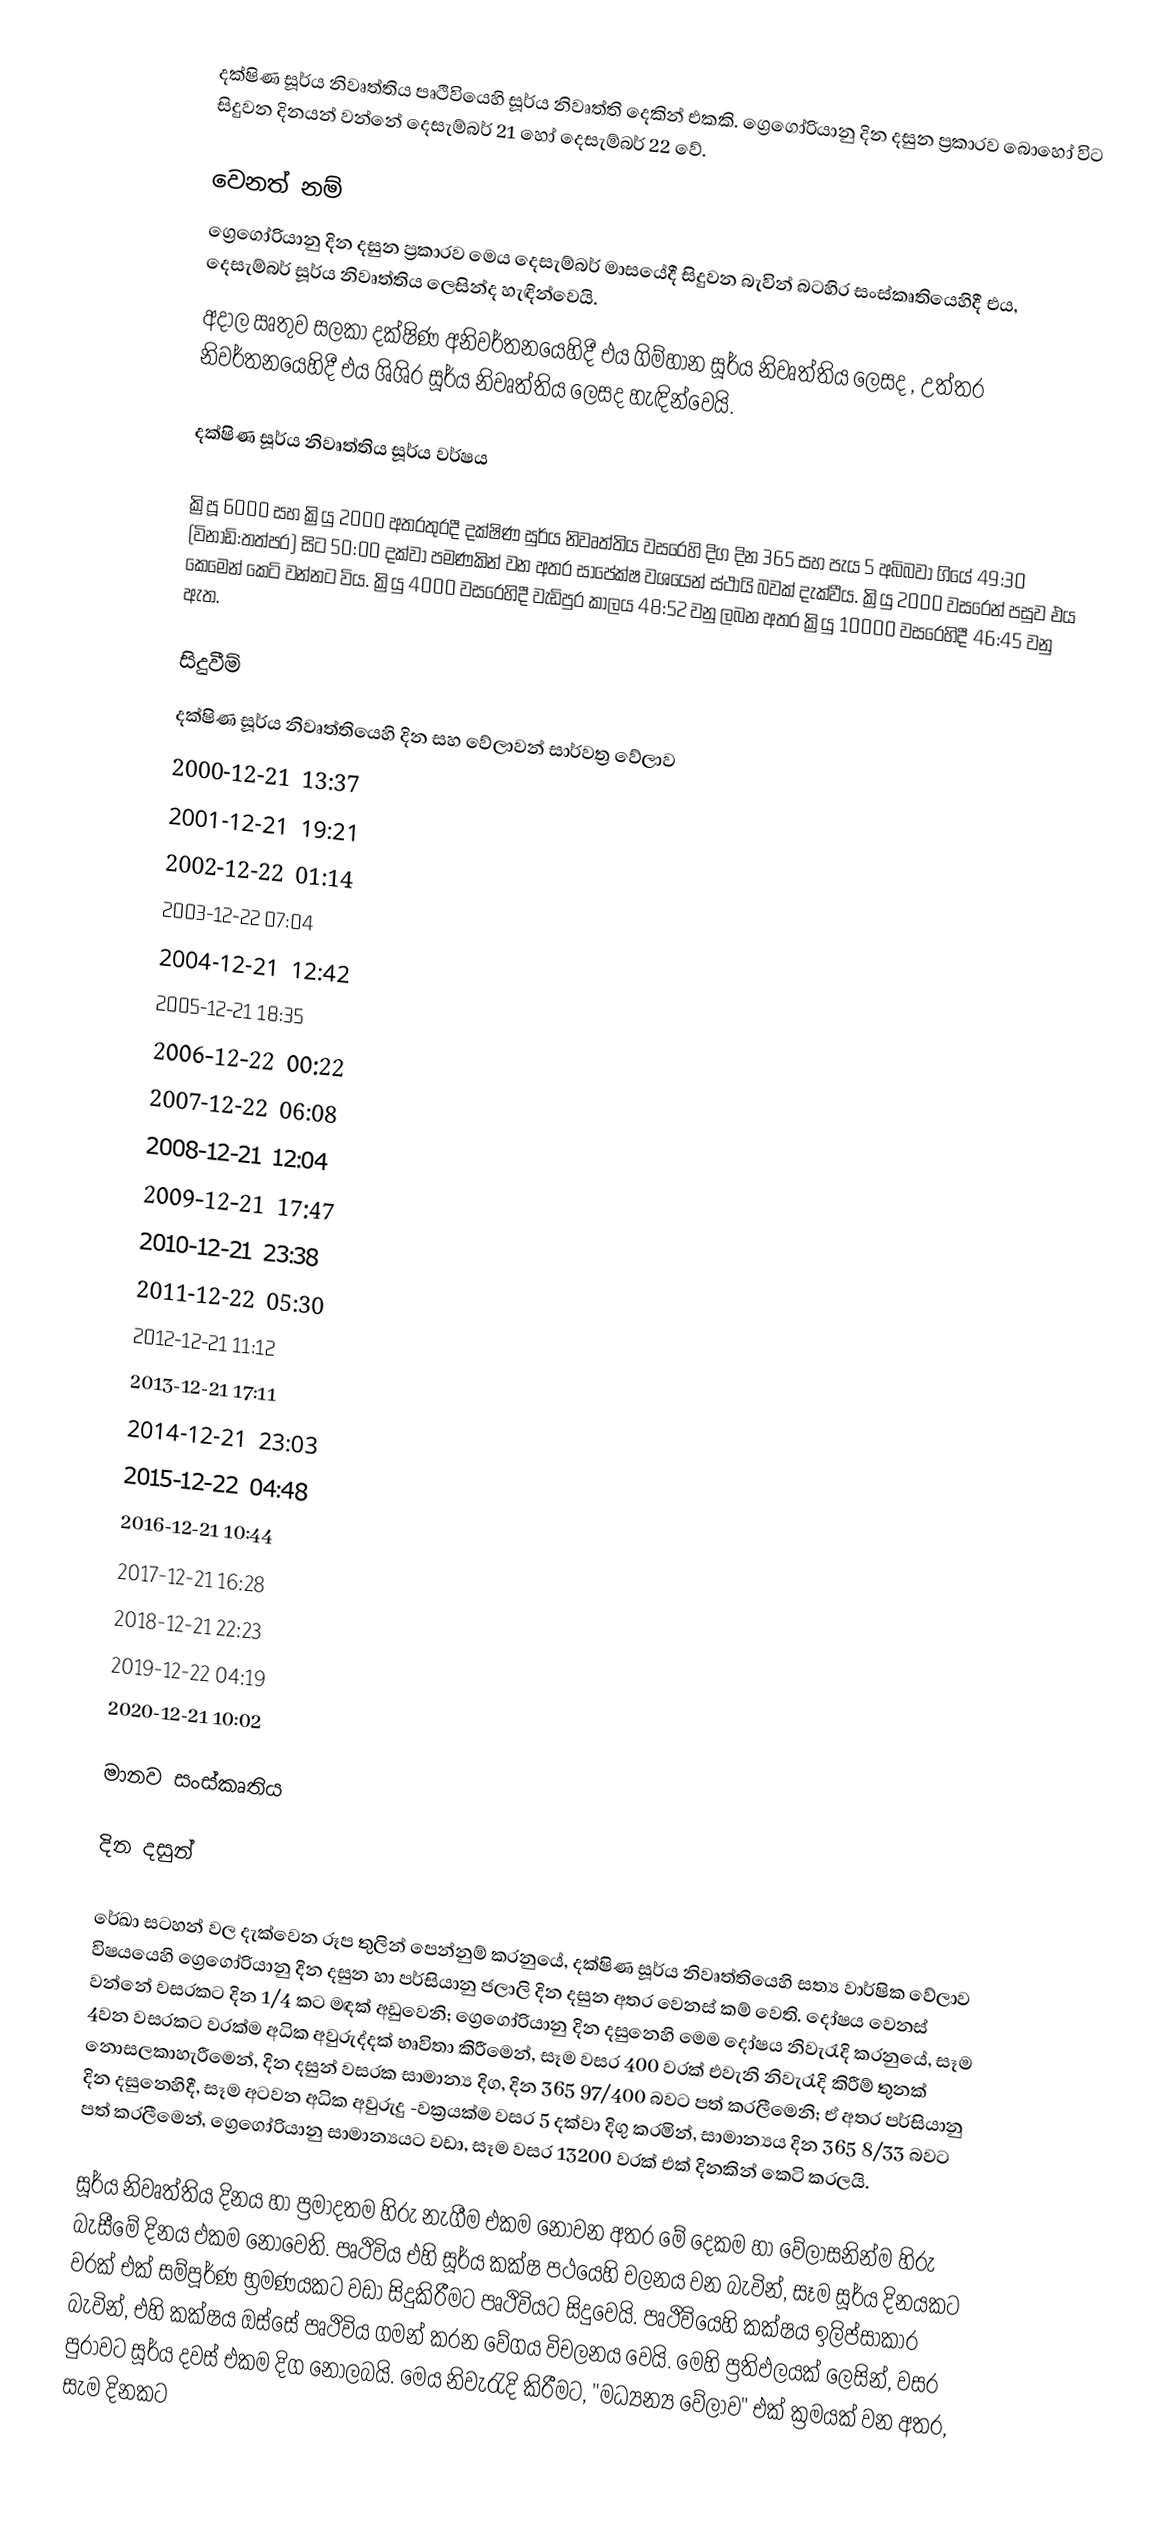
දක්ෂිණ සූර්ය නිවෘත්තිය පෘථිවියෙහි සූර්ය නිවෘත්ති දෙකින් එකකි. ග්‍රෙගෝරියානු දින දසුන ප්‍රකාරව බොහෝ විට සිදුවන දිනයන් වන්නේ දෙසැම්බර් 21 හෝ  දෙසැම්බර් 22 වේ.

වෙනත් නම්
ග්‍රෙගෝරියානු දින දසුන ප්‍රකාරව මෙය දෙසැම්බර් මාසයේදී සිදුවන බැවින් බටහිර සංස්කෘතියෙහිදී එය, දෙසැම්බර් සූර්ය නිවෘත්තිය ලෙසින්ද හැඳින්වෙයි.
අදාල ඍතුව සලකා දක්ෂිණ අනිවර්තනයෙහිදී එය ගිම්හාන සූර්ය නිවෘත්තිය ලෙසද , උත්තර නිවර්තනයෙහිදී එය ශිශිර සූර්ය නිවෘත්තිය ලෙසද හැඳින්වෙයි.

දක්ෂිණ සූර්ය නිවෘත්තිය සූර්ය වර්ෂය

ක්‍රිපූ  6000 සහ ක්‍රියු 2000 අතරතුරදී  දක්ෂිණ සුර්ය නිවෘත්තිය වසරෙහි දිග  දින 365 සහ පැය 5 අබිබවා ගියේ 49:30 (විනාඩි:තත්පර) සිට 50:00 දක්වා පමණකින් වන අතර සාපේක්ෂ වශයෙන් ස්ථායි බවක් දැක්වීය. ක්‍රියු 2000 වසරෙන් පසුව එය කෙමෙන් කෙටි වන්නට විය. ක්‍රියු 4000 වසරෙහිදී  වැඩිපුර කාලය 48:52 වනු ලබන අතර ක්‍රියු 10000 වසරෙහිදී 46:45 වනු ඇත.

සිදුවීම්
දක්ෂිණ සූර්ය නිවෘත්තියෙහි දින සහ වේලාවන්  සාර්වත්‍ර වේලාව
 2000-12-21 13:37
 2001-12-21 19:21
 2002-12-22 01:14
 2003-12-22 07:04
 2004-12-21 12:42
 2005-12-21 18:35
 2006-12-22 00:22
 2007-12-22 06:08
 2008-12-21 12:04
 2009-12-21 17:47
 2010-12-21 23:38
 2011-12-22 05:30
 2012-12-21 11:12
 2013-12-21 17:11
 2014-12-21 23:03
 2015-12-22 04:48
 2016-12-21 10:44
 2017-12-21 16:28
 2018-12-21 22:23
 2019-12-22 04:19
 2020-12-21 10:02

මානව සංස්කෘතිය

දින දසුන්

රේඛා සටහන් වල දැක්වෙන රූප තුලින් පෙන්නුම් කරනුයේ, දක්ෂිණ සූර්ය නිවෘත්තියෙහි සත්‍ය වාර්ෂික වේලාව විෂයයෙහි ග්‍රෙගෝරියානු දින දසුන හා පර්සියානු ජලාලි දින දසුන අතර වෙනස් කම් වෙති. දෝෂය වෙනස් වන්නේ වසරකට දින  1/4 කට මඳක් අඩුවෙනි; ග්‍රෙගෝරියානු දින දසුනෙහි මෙම දෝෂය නිවැරැදි කරනුයේ, සෑම  4වන වසරකට වරක්ම අධික අවුරුද්දක් භෘවිතා කිරීමෙන්, සෑම වසර 400 වරක් එවැනි නිවැරැදි කිරීම් තුනක් නොසලකාහැරීමෙන්, දින දසුන් වසරක සාමාන්‍ය දිග, දින 365 97/400 බවට පත් කරලීමෙනි; ඒ අතර පර්සියානු දින දසුනෙහිදී, සෑම අටවන අධික අවුරුදු -වක්‍රයක්ම වසර 5 දක්වා දිගු කරමින්, සාමාන්‍යය දින 365 8/33 බවට පත් කරලීමෙන්, ග්‍රෙගෝරියානු සාමාන්‍යයට වඩා, සෑම වසර 13200 වරක් එක් දිනකින් කෙටි කරලයි.

සූර්ය නිවෘත්තිය දිනය හා ප්‍රමාදතම හිරු නැගීම එකම නොවන අතර මේ දෙකම හා වේලාසනින්ම හිරු බැසීමේ දිනය එකම නොවෙති. පෘථිවිය එහි සූර්ය කක්ෂ පථයෙහි චලනය වන බැවින්, සෑම සූර්ය දිනයකට වරක් එක් සම්පූර්ණ භ්‍රමණයකට වඩා සිදුකිරීමට පෘථිවියට සිදුවෙයි. පෘථිවියෙහි කක්ෂය ඉලිප්සාකාර බැවින්, එහි කක්ෂය ඔස්සේ පෘථිවිය ගමන් කරන වේගය විචලනය වෙයි. මෙහි ප්‍රතිඵලයක් ලෙසින්, වසර පුරාවට සූර්ය දවස් එකම දිග නොලබයි. මෙය නිවැරැදි කිරීමට, "මධ්‍යන්‍ය වේලාව" එක් ක්‍රමයක් වන අතර, සැම දිනකට